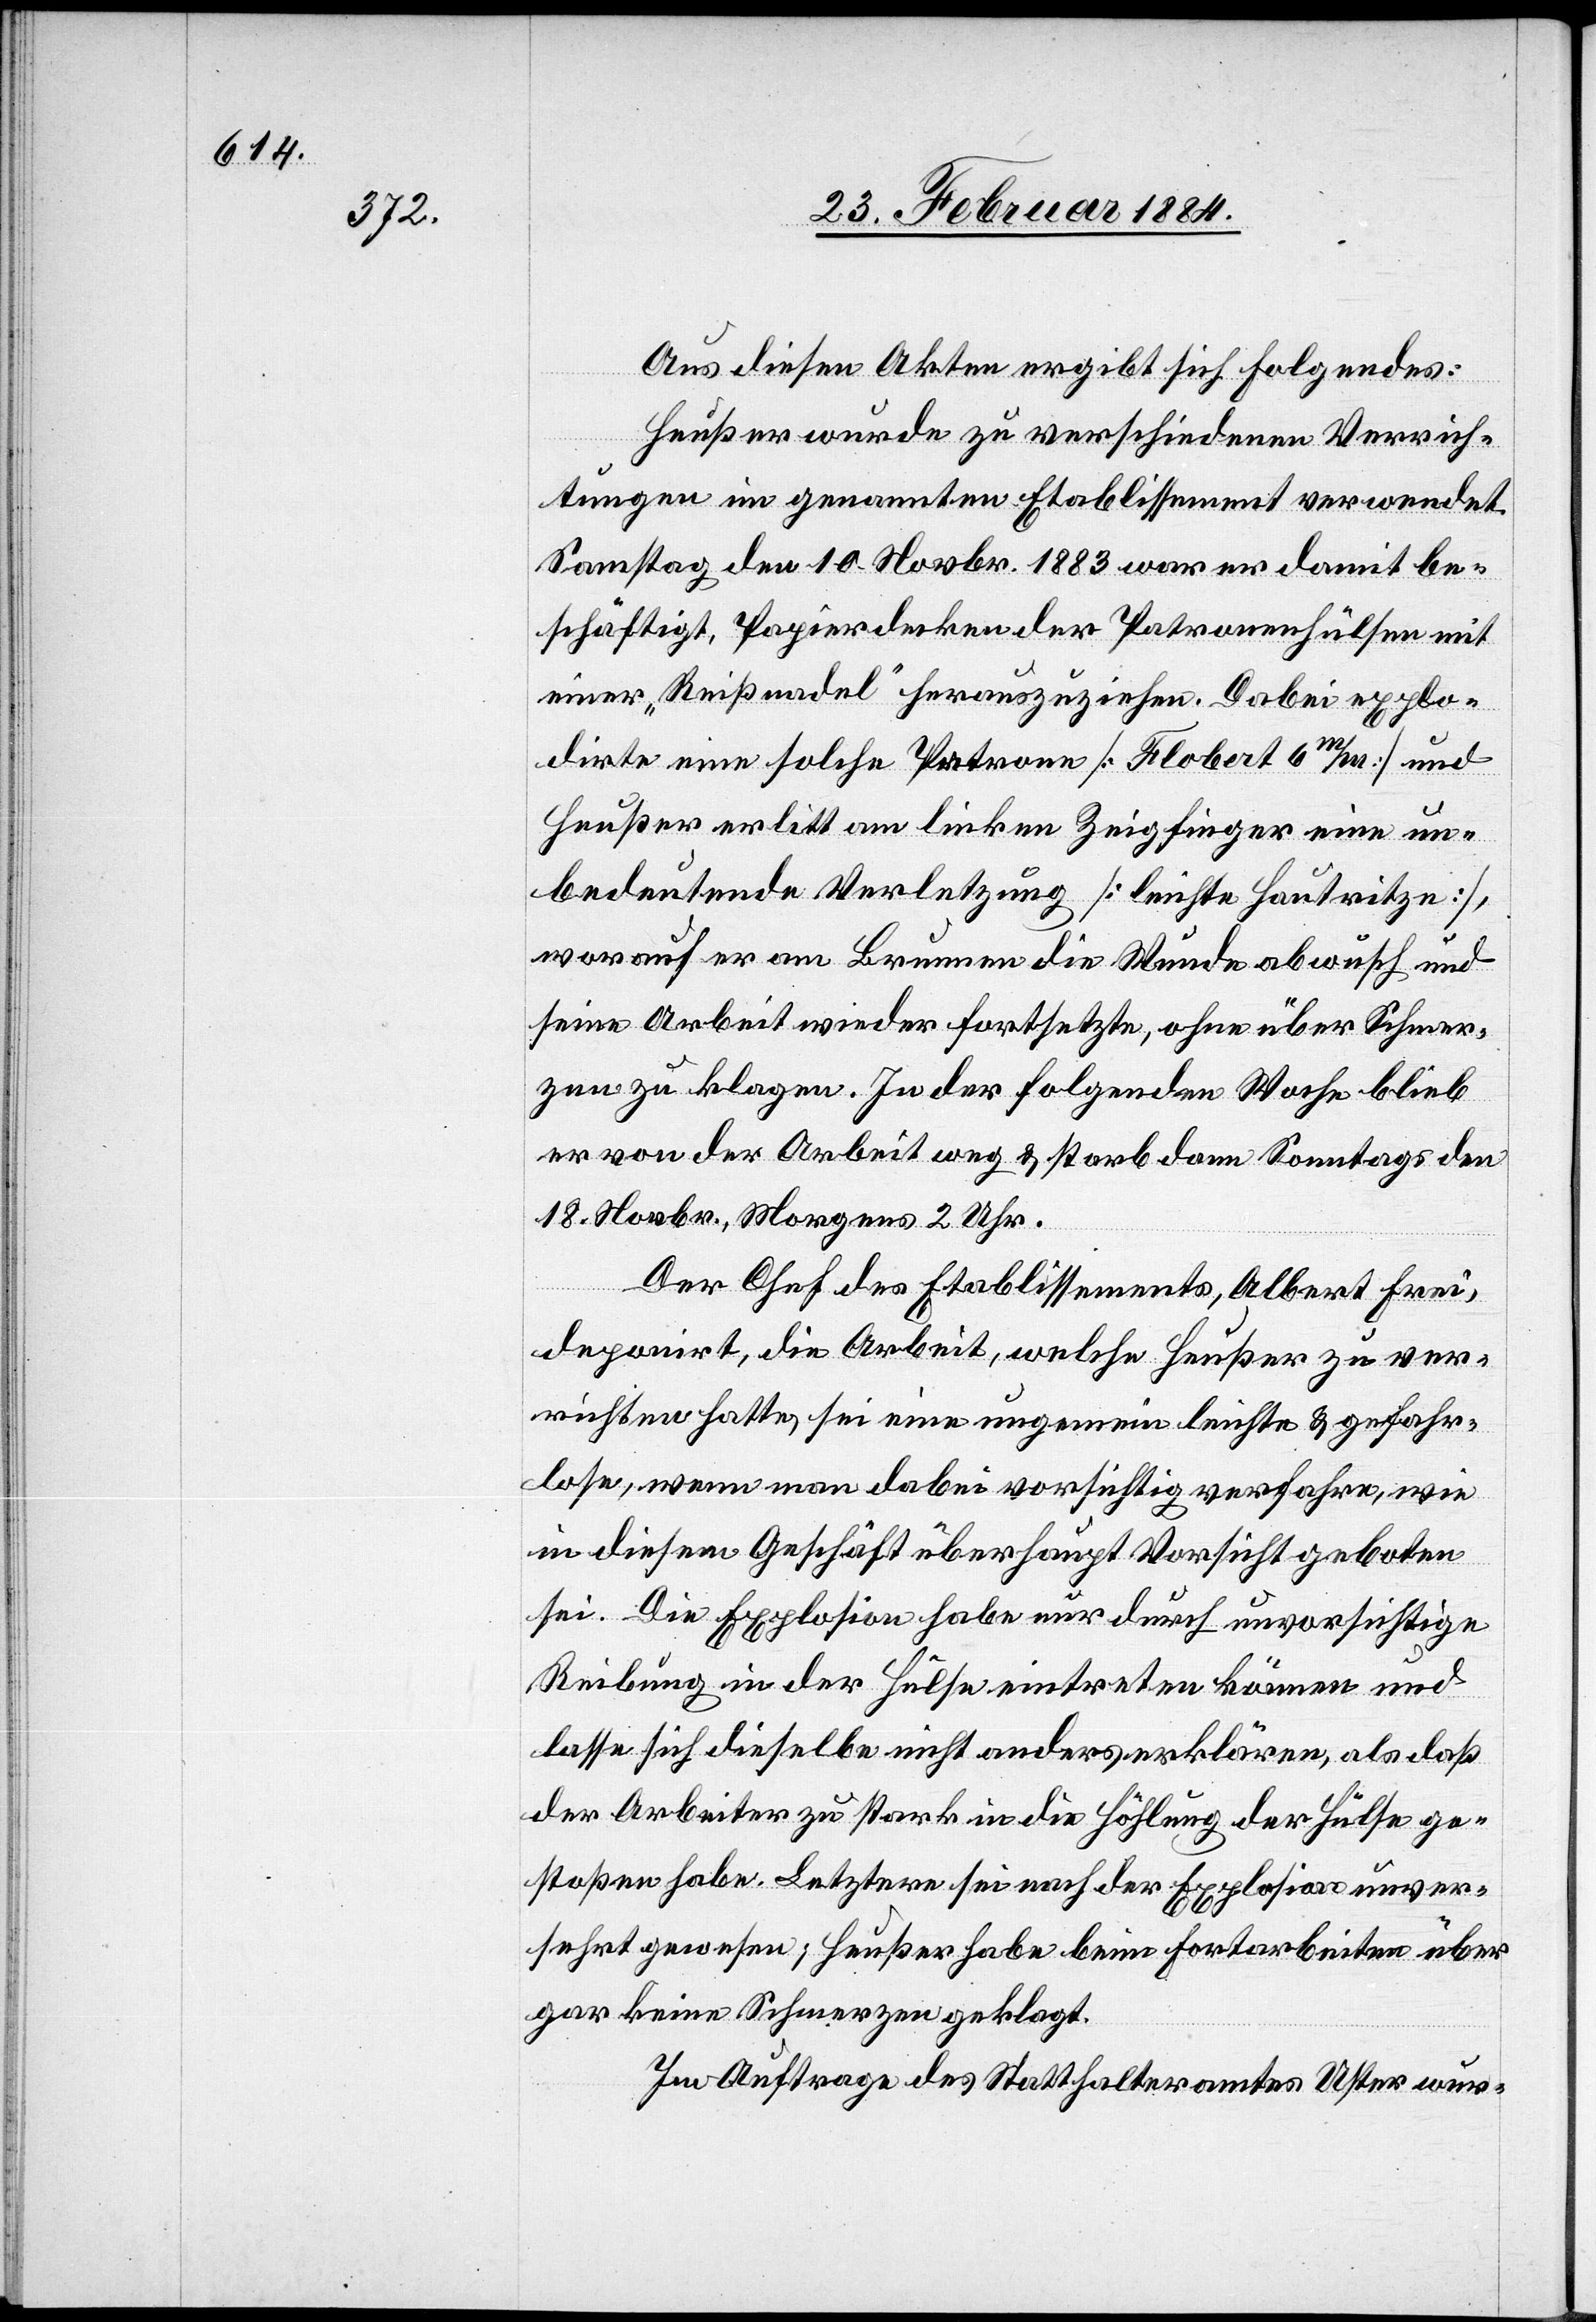
Aus diesen Akten ergibt sich Folgendes:
Heußer wurde zu verschiedenen Verrich¬
tungen im genannten Etablissement verwendet.
Samstag den 10. Novbr. 1883 war er damit be¬
schäftigt, Papierdecken der Patronenhülsen mit
einer „Reißnadel“ herauszuziehen. Dabei explo¬
dirte eine solche Patrone [Flobert 6m/m] und
Heußer erlitt am linken Zeigfinger eine un¬
bedeutende Verletzung [leichte Hautritze],
worauf er am Brunnen die Hände abwusch und
seine Arbeit wieder fortsetzte, ohne über Schmer¬
zen zu klagen. In der folgenden Woche blieb
er von der Arbeit weg & starb dann Sonntags den
18. Novbr., Morgens 2 Uhr.
Der Chef des Etablissements, Albert Frei,
deponirt, die Arbeit, welche Heußer zu ver¬
richten hatte, sei eine ungemein leichte & gefahr¬
lose, wenn man dabei vorsichtig verfahre, wie
in diesem Geschäft überhaupt Vorsicht geboten
sei. Die Explosion habe nur durch unvorsichtige
Reibung in der Hülse eintreten können und
lasse sich dieselbe nicht anders erklären, als daß
der Arbeiter zu stark in die Höhlung der Hülse ge¬
stoßen habe. Letztere sei nach der Explosion unver¬
sehrt gewesen; Heußer habe beim Fortarbeiten über
gar keine Schmerzen geklagt.
Im Auftrage des Statthalteramtes Uster wur-